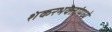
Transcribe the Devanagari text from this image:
शंकरभक्तांमध्ये